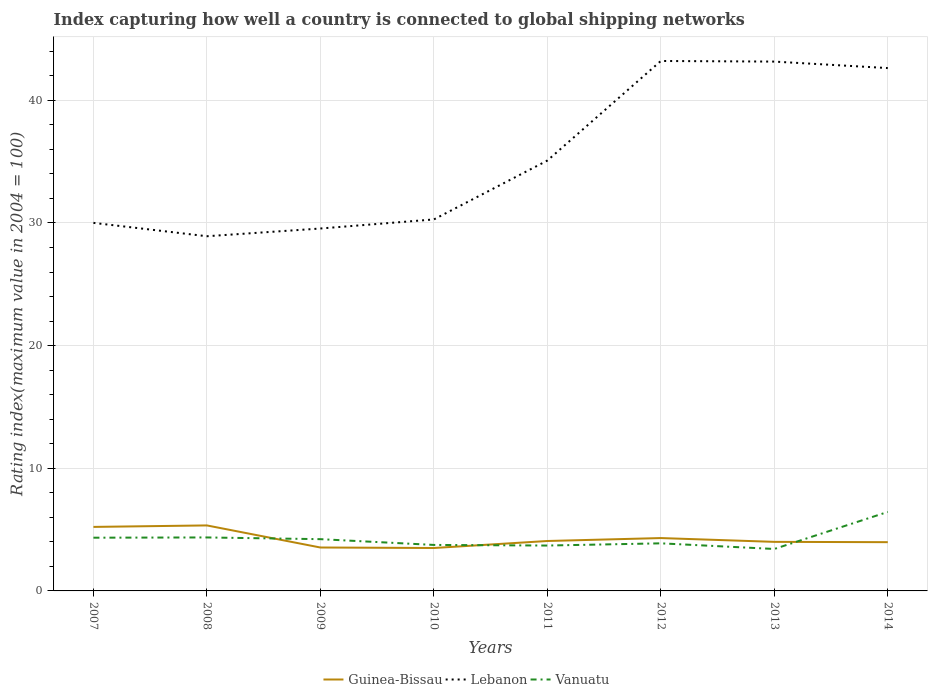
| Years | Guinea-Bissau | Lebanon | Vanuatu |
 | --- | --- | --- | --- |
 | 2007 | 5.22 | 30 | 4.34 |
 | 2008 | 5.34 | 28.9 | 4.36 |
 | 2009 | 3.54 | 29.6 | 4.22 |
 | 2010 | 3.5 | 30.3 | 3.75 |
 | 2011 | 4.07 | 35.1 | 3.7 |
 | 2012 | 4.31 | 43.2 | 3.88 |
 | 2013 | 4 | 43.2 | 3.42 |
 | 2014 | 3.97 | 42.6 | 6.44 |